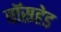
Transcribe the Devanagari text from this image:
बॉसहेड